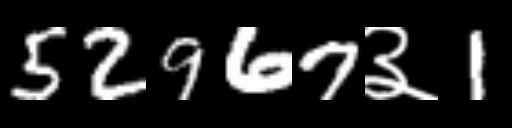
Text: 52967३1